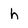
Character: h